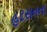
હટસનના